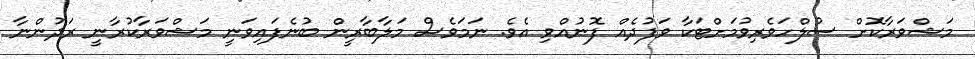
މަޝްވަރާކޮށް ސުލްހަވެރިވުމަށްޓަކާ ވަފުދެއް ފޮނުއްވި އެވެ. ނަމަވެސް މަލާބާރީން ބުނެފައިވަނީ މަޝްވަރާކުރާނީ ރަދުންނާ